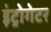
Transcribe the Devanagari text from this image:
इंट्रोगेटर